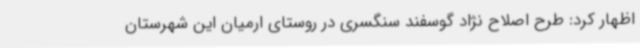
اظهار کرد: طرح اصلاح نژاد گوسفند سنگسری در روستای ارمیان این شهرستان